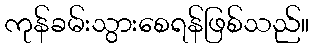
ကုန်ခမ်းသွားစေရန်ဖြစ်သည်။